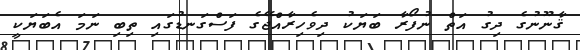
ޤާނޫނުގެ ދިގު އަތް ނުފޯރާ ބަޔަކު ދިވެހިރާއްޖޭގެ ފަސްގަނޑުގައި ތިބި ނަމަ އެބަޔަކީ